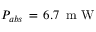
P _ { a b s } \, = \, 6 . 7 \, \mathrm { ~ m ~ W ~ }